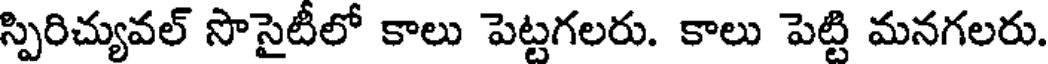
స్పిరిచ్యువల్ సొసైటీలో కాలు పెట్టగలరు. కాలు పెట్టి మనగలరు.